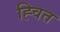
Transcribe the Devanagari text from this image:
ह्वित